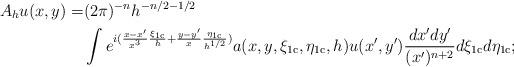
LaTeX: \begin{align*}A_hu(x,y) = & (2\pi)^{-n}h^{-n/2-1/2}\\& \int e^{i (\frac{x-x'}{x^3} \frac{\xi_{\mathrm{1c}}}{h}+ \frac{y-y'}{x} \frac{\eta_{\mathrm{1c}}}{h^{1/2}})} a(x,y,\xi_{\mathrm{1c}},\eta_{\mathrm{1c}},h) u(x',y') \frac{dx'dy'}{(x')^{n+2}}d\xi_{\mathrm{1c}}d\eta_{\mathrm{1c}};\end{align*}